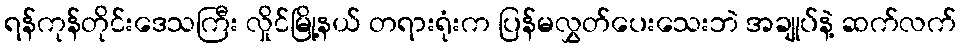
ရန်ကုန်တိုင်းဒေသကြီး လှိုင်မြို့နယ် တရားရုံးက ပြန်မလွှတ်ပေးသေးဘဲ အချုပ်နဲ့ ဆက်လက်